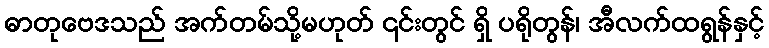
ဓာတုဗေဒသည် အက်တမ်သို့မဟုတ် ၎င်းတွင် ရှိ ပရိုတွန်၊ အီလက်ထရွန်နှင့်